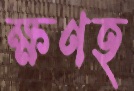
ক্ষণহ